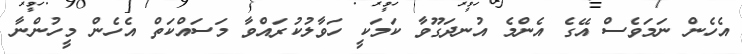
އެހެން ނަމަވެސް އޭގެ އެންމެ އުނދަގޫވާ ކަމަކީ ހަވާލުކުރައްވާ މަސައްކަތް އެހެން މީހުންނާ